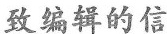
致编辑的信